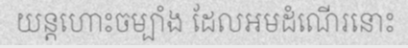
យន្តហោះចម្បាំង ដែលអមដំណើរនោះ